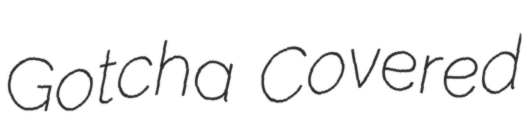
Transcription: Gotcha Covered